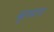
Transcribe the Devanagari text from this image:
बुलसारा